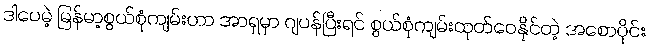
ဒါပေမဲ့ မြန်မာ့စွယ်စုံကျမ်းဟာ အာရှမှာ ဂျပန်ပြီးရင် စွယ်စုံကျမ်းထုတ်ဝေနိုင်တဲ့ အစောပိုင်း